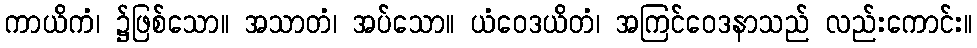
ကာယိကံ၊ ၌ဖြစ်သော။ အသာတံ၊ အပ်သော။ ယံဝေဒယိတံ၊ အကြင်ဝေဒနာသည် လည်းကောင်း။